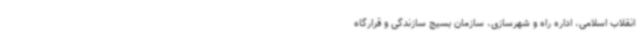
انقلاب اسلامی، اداره راه و شهرسازی، سازمان بسیج سازندگی و قرارگاه